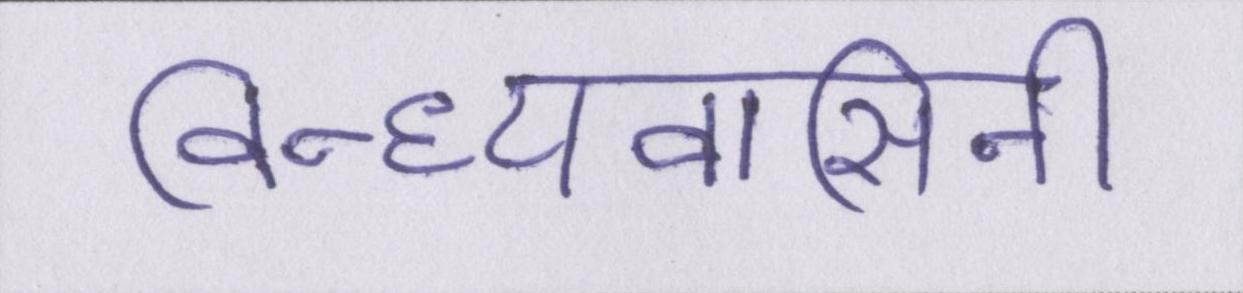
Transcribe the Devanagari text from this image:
विन्ध्यवासिनी